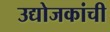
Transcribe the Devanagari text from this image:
उद्योजकांची